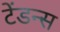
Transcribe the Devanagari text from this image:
टेंडन्स